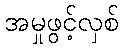
အမှုဖွင့်လှစ်